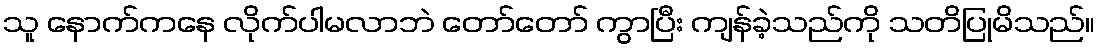
သူ နောက်ကနေ လိုက်ပါမလာဘဲ တော်တော် ကွာပြီး ကျန်ခဲ့သည်ကို သတိပြုမိသည်။